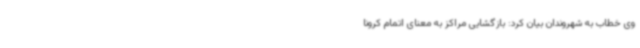
وی خطاب به شهروندان بیان کرد: بازگشایی مراکز به معنای اتمام کرونا